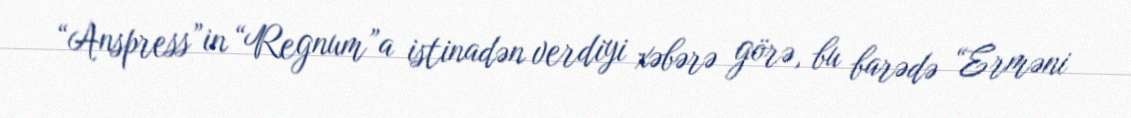
“Anspress”in “Regnum”a istinadən verdiyi xəbərə görə, bu barədə “Erməni